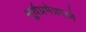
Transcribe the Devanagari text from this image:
सूर्यप्रभेप्रमाणे